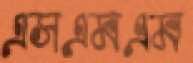
এসএমএম